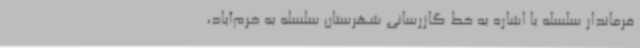
فرماندار سلسله با اشاره به خط گازرسانی شهرستان سلسله به خرم‌آباد،